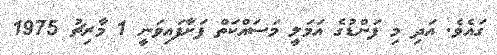
ގައެވެ. އަދި މި ފަންޑުގެ އަމަލީ މަސައްކަތް ފަށާފައިވަނީ 1 މާރިޗު 1975